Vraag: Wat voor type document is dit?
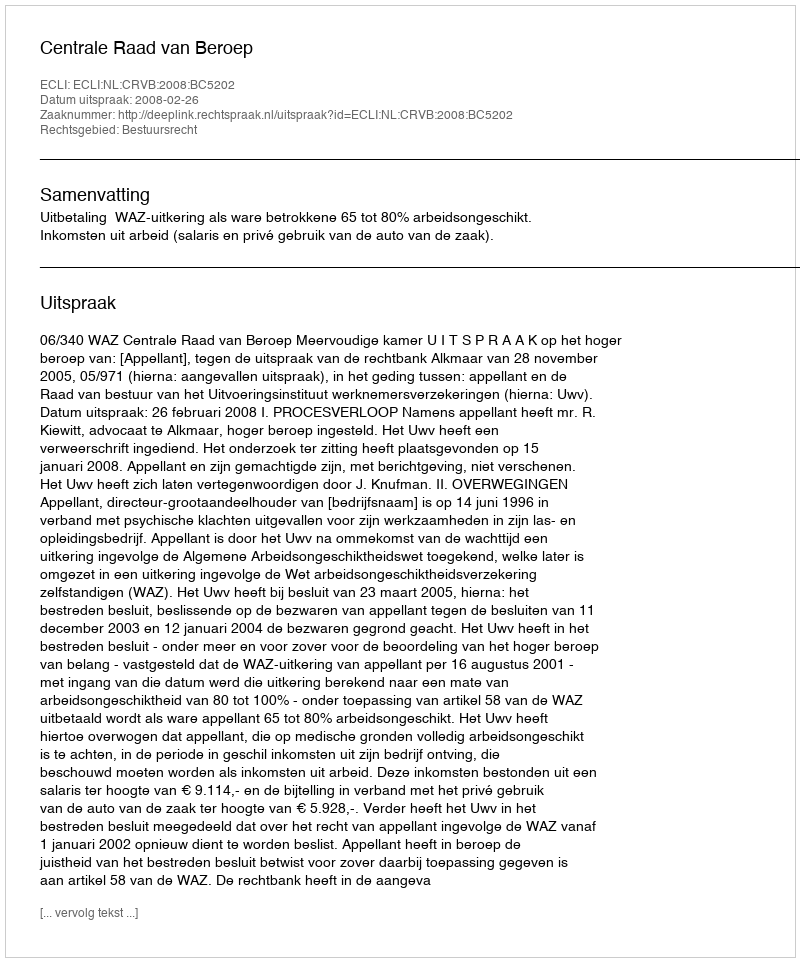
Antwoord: Uitspraak